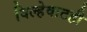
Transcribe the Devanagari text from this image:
विल्हेवाटही